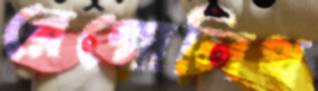
রেগোলিথ